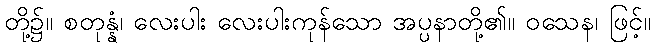
တို့၌။ စတုန္နံ၊ လေးပါး လေးပါးကုန်သော အပ္ပနာတို့၏။ ဝသေန၊ ဖြင့်။